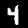
Digit: 4